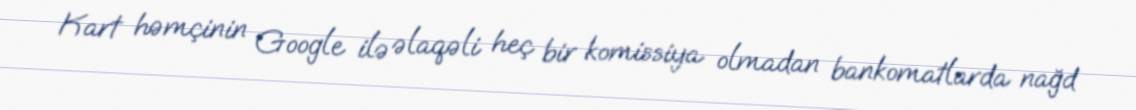
Kart həmçinin Google ilə əlaqəli heç bir komissiya olmadan bankomatlarda nağd